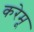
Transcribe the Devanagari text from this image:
करेमू